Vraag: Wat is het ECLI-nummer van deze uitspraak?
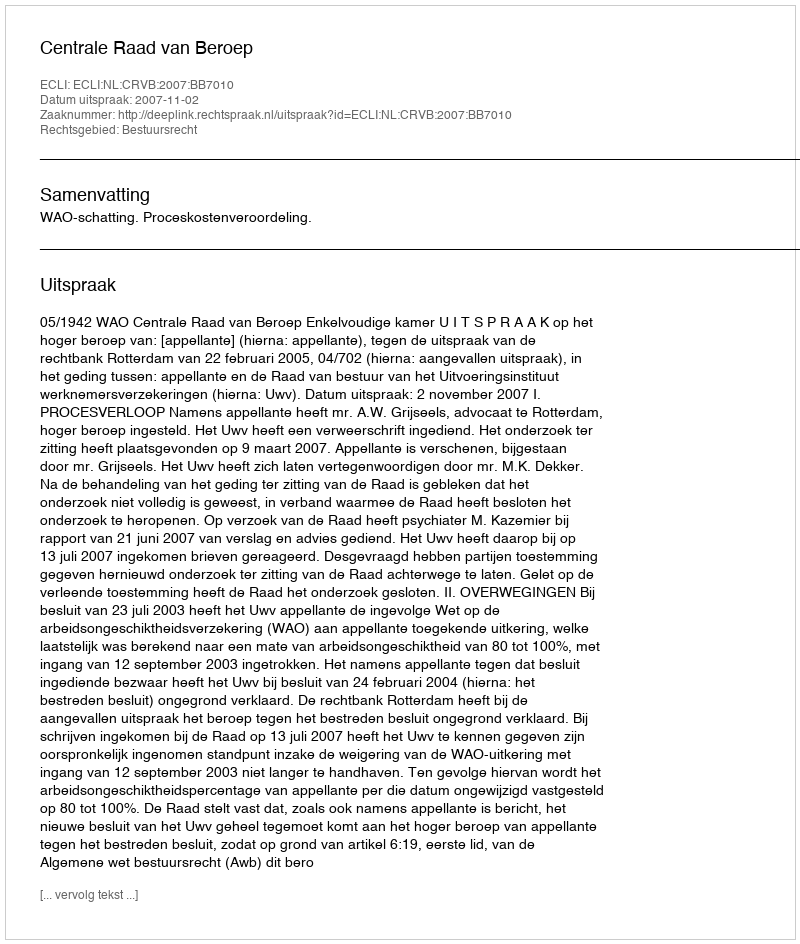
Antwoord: ECLI:NL:CRVB:2007:BB7010